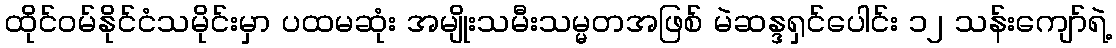
ထိုင်ဝမ်နိုင်ငံသမိုင်းမှာ ပထမဆုံး အမျိုးသမီးသမ္မတအဖြစ် မဲဆန္ဒရှင်ပေါင်း ၁၂ သန်းကျော်ရဲ့